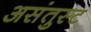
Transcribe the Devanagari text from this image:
असंतुस्ट